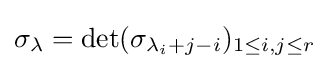
\displaystyle \sigma _{\lambda }=\det(\sigma _{\lambda _{i}+j-i})_{1\leq i,j\leq r}